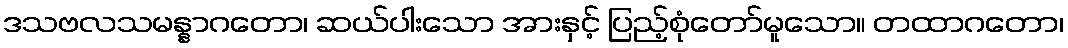
ဒသဗလသမန္နာဂတော၊ ဆယ်ပါးသော အားနှင့် ပြည့်စုံတော်မူသော။ တထာဂတော၊